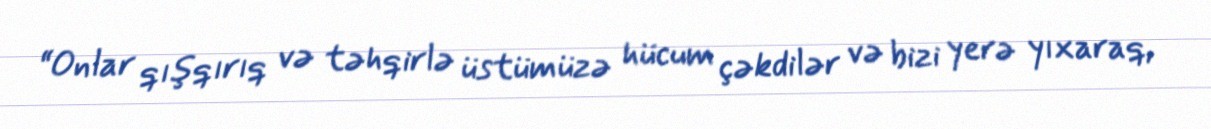
“Onlar qışqırıq və təhqirlə üstümüzə hücum çəkdilər və bizi yerə yıxaraq,